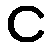
င